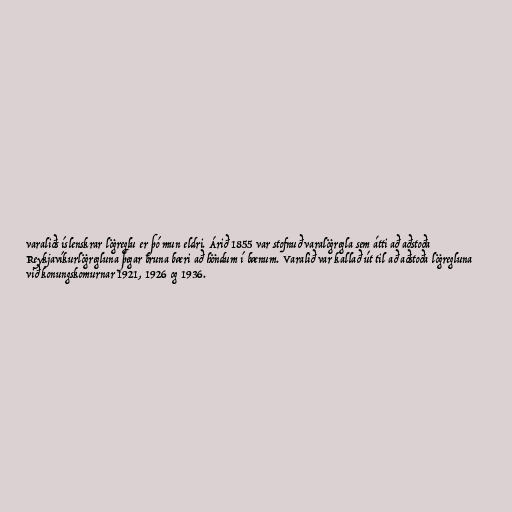
varaliðs íslenskrar lögreglu er þó mun eldri. Árið 1855 var stofnuð varalögregla sem átti að aðstoða
Reykjavíkurlögregluna þegar bruna bæri að höndum í bænum. Varalið var kallað út til að aðstoða lögregluna
við konungskomurnar 1921, 1926 og 1936.